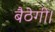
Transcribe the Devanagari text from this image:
बैठेगी।